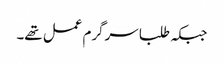
جبکہ طلبا سرگرم عمل تھے۔